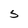
Character: 5